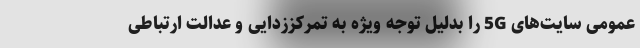
عمومی سایت‌های 5G را بدلیل توجه ویژه به تمرکززدایی و عدالت ارتباطی